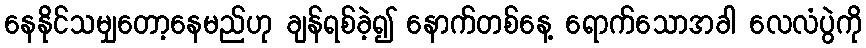
နေနိုင်သမျှတော့နေမည်ဟု ချန်ရစ်ခဲ့၍ နောက်တစ်နေ့ ရောက်သောအခါ လေလံပွဲကို